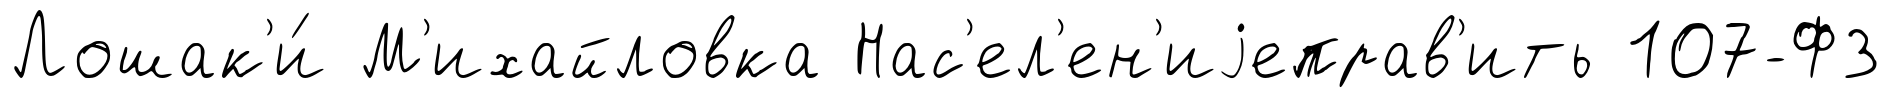
Лошак'и́ М'ихайловка Нас'ел'ен'иjеправ'ить 107-ФЗ